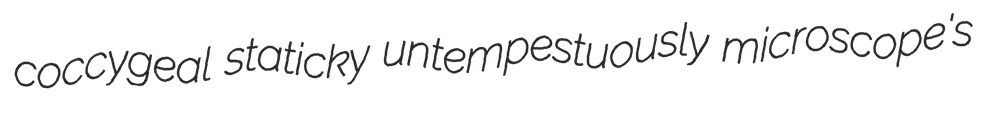
coccygeal staticky untempestuously microscope's